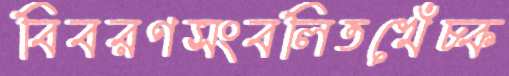
বিবরণসংবলিতখেঁচ্‌ক